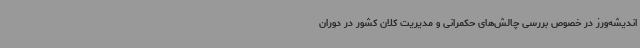
اندیشه‌ورز در خصوص بررسی چالش‌های حکمرانی و مدیریت کلان کشور در دوران